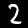
Digit: 2